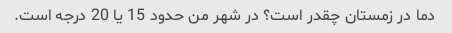
دما در زمستان چقدر است؟ در شهر من حدود 15 یا 20 درجه است.